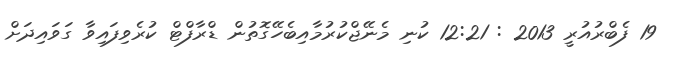
19 ފެބްރުއުރީ 2013 : 12:21 ކުނި މެނޭޖްކުރުމާއިބެހޭގޮތުން ޑްރާފްޓް ކުރެވިފައިވާ ގަވައިދަށް